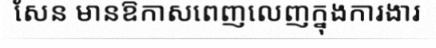
សែន មានឱកាសពេញលេញក្នុងការងារ